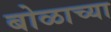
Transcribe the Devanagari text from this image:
बोळाच्या